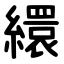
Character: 繯